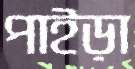
পাইড়া